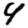
Digit: 4